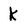
Character: k